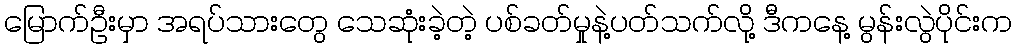
မြောက်ဦးမှာ အရပ်သားတွေ သေဆုံးခဲ့တဲ့ ပစ်ခတ်မှုနဲ့ပတ်သက်လို့ ဒီကနေ့ မွန်းလွဲပိုင်းက